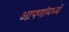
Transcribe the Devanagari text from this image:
आपणांमध्यें